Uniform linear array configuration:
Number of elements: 12
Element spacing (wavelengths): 1
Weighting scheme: exponential
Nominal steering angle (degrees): -60
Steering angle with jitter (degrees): -59.99
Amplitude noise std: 0.05
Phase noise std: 0.05

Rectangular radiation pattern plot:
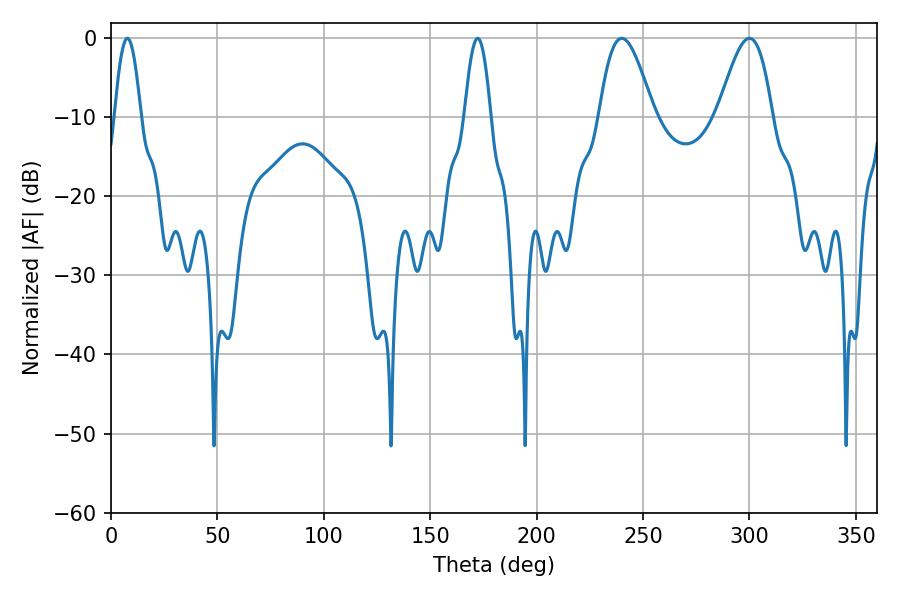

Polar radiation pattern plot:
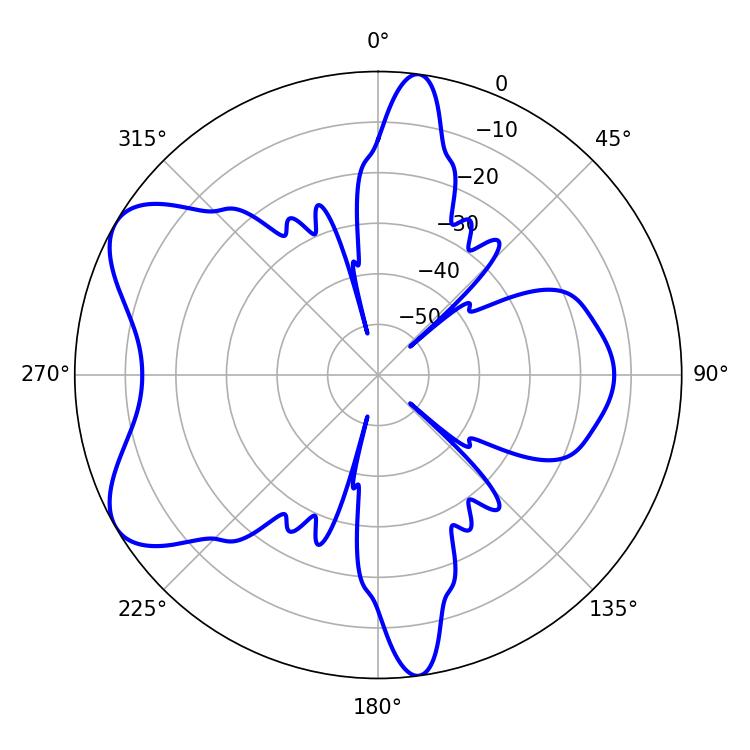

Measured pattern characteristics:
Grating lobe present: TRUE
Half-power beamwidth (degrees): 13.68
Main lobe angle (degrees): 239.94